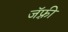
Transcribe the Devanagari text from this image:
जॅफ़्री